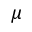
\mu